Insane asylums in Bengal annual reports 1867-1875 - 1867-1875
Year: 1867
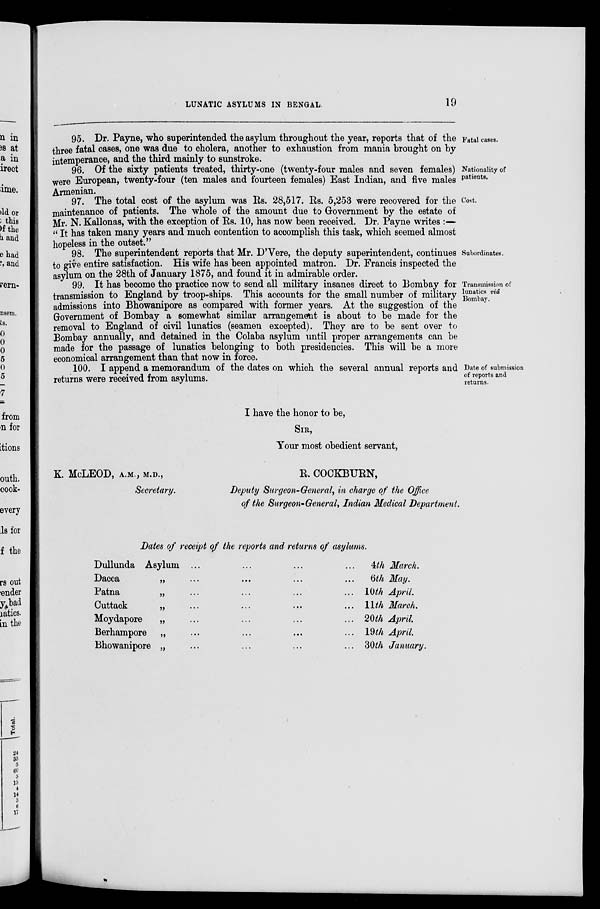
LUNATIC ASYLUMS IN BENGAL.
19
Fatal cases.
95. Dr. Payne, who superintended the asylum throughout the year, reports that of the
three fatal cases, one was due to cholera, another to exhaustion from mania brought on by
intemperance, and the third mainly to sunstroke.
Nationality of
patients.
96. Of the sixty patients treated, thirty-one (twenty-four males and seven females)
were European, twenty-four (ten males and fourteen females) East Indian, and five males
Armenian.
Cost.
97. The total cost of the asylum was Rs. 28,517. Rs. 5,253 were recovered for the
maintenance of patients. The whole of the amount due to Government by the estate of
Mr. N. Kallonas, with the exception of Rs. 10, has now been received. Dr. Payne writes :—
" It has taken many years and much contention to accomplish this task, which seemed almost
hopeless in the outset."
Subordinates.
98. The superintendent reports that Mr. D'Vere, the deputy superintendent, continues
to give entire satisfaction. His wife has been appointed matron. Dr. Francis inspected the
asylum on the 28th of January 1875, and found it in admirable order.
Transmission of
lunatics viâ
Bombay.
99. It has become the practice now to send all military insanes direct to Bombay for
transmission to England by troop-ships. This accounts for the small number of military
admissions into Bhowanipore as compared with former years. At the suggestion of the
Government of Bombay a somewhat similar arrangement is about to be made for the
removal to England of civil lunatics (seamen excepted). They are to be sent over to
Bombay annually, and detained in the Colaba asylum until proper arrangements can be
made for the passage of lunatics belonging to both presidencies. This will be a more
economical arrangement than that now in force.
Date of submission
of reports and
returns.
100. I append a memorandum of the dates on which the several annual reports and
returns were received from asylums.
I have the honor to be,
SIR,
Your most obedient servant,
K. McLEOD, A.M., M.D.,
Secretary.
R. COCKBURN,
Deputy Surgeon-General, in charge of the Office
of the Surgeon-General, Indian Medical Department.
Dates of receipt of the reports and returns of asylums.
Dullunda Asylum ... ... ... ...
Dacca
„ ... ... ... ...
Patna
„ ... ... ... ...
Cuttack
„ ... ... ... ...
Moydapore
„ ... ... ... ...
Berhampore „ ... ... ... ...
Bhowanipore „ ... ... ... ...
4th March.
6th May.
10th April.
11th March.
20th April.
19th April.
30th January.